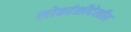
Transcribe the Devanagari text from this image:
लोकांशीदेखील